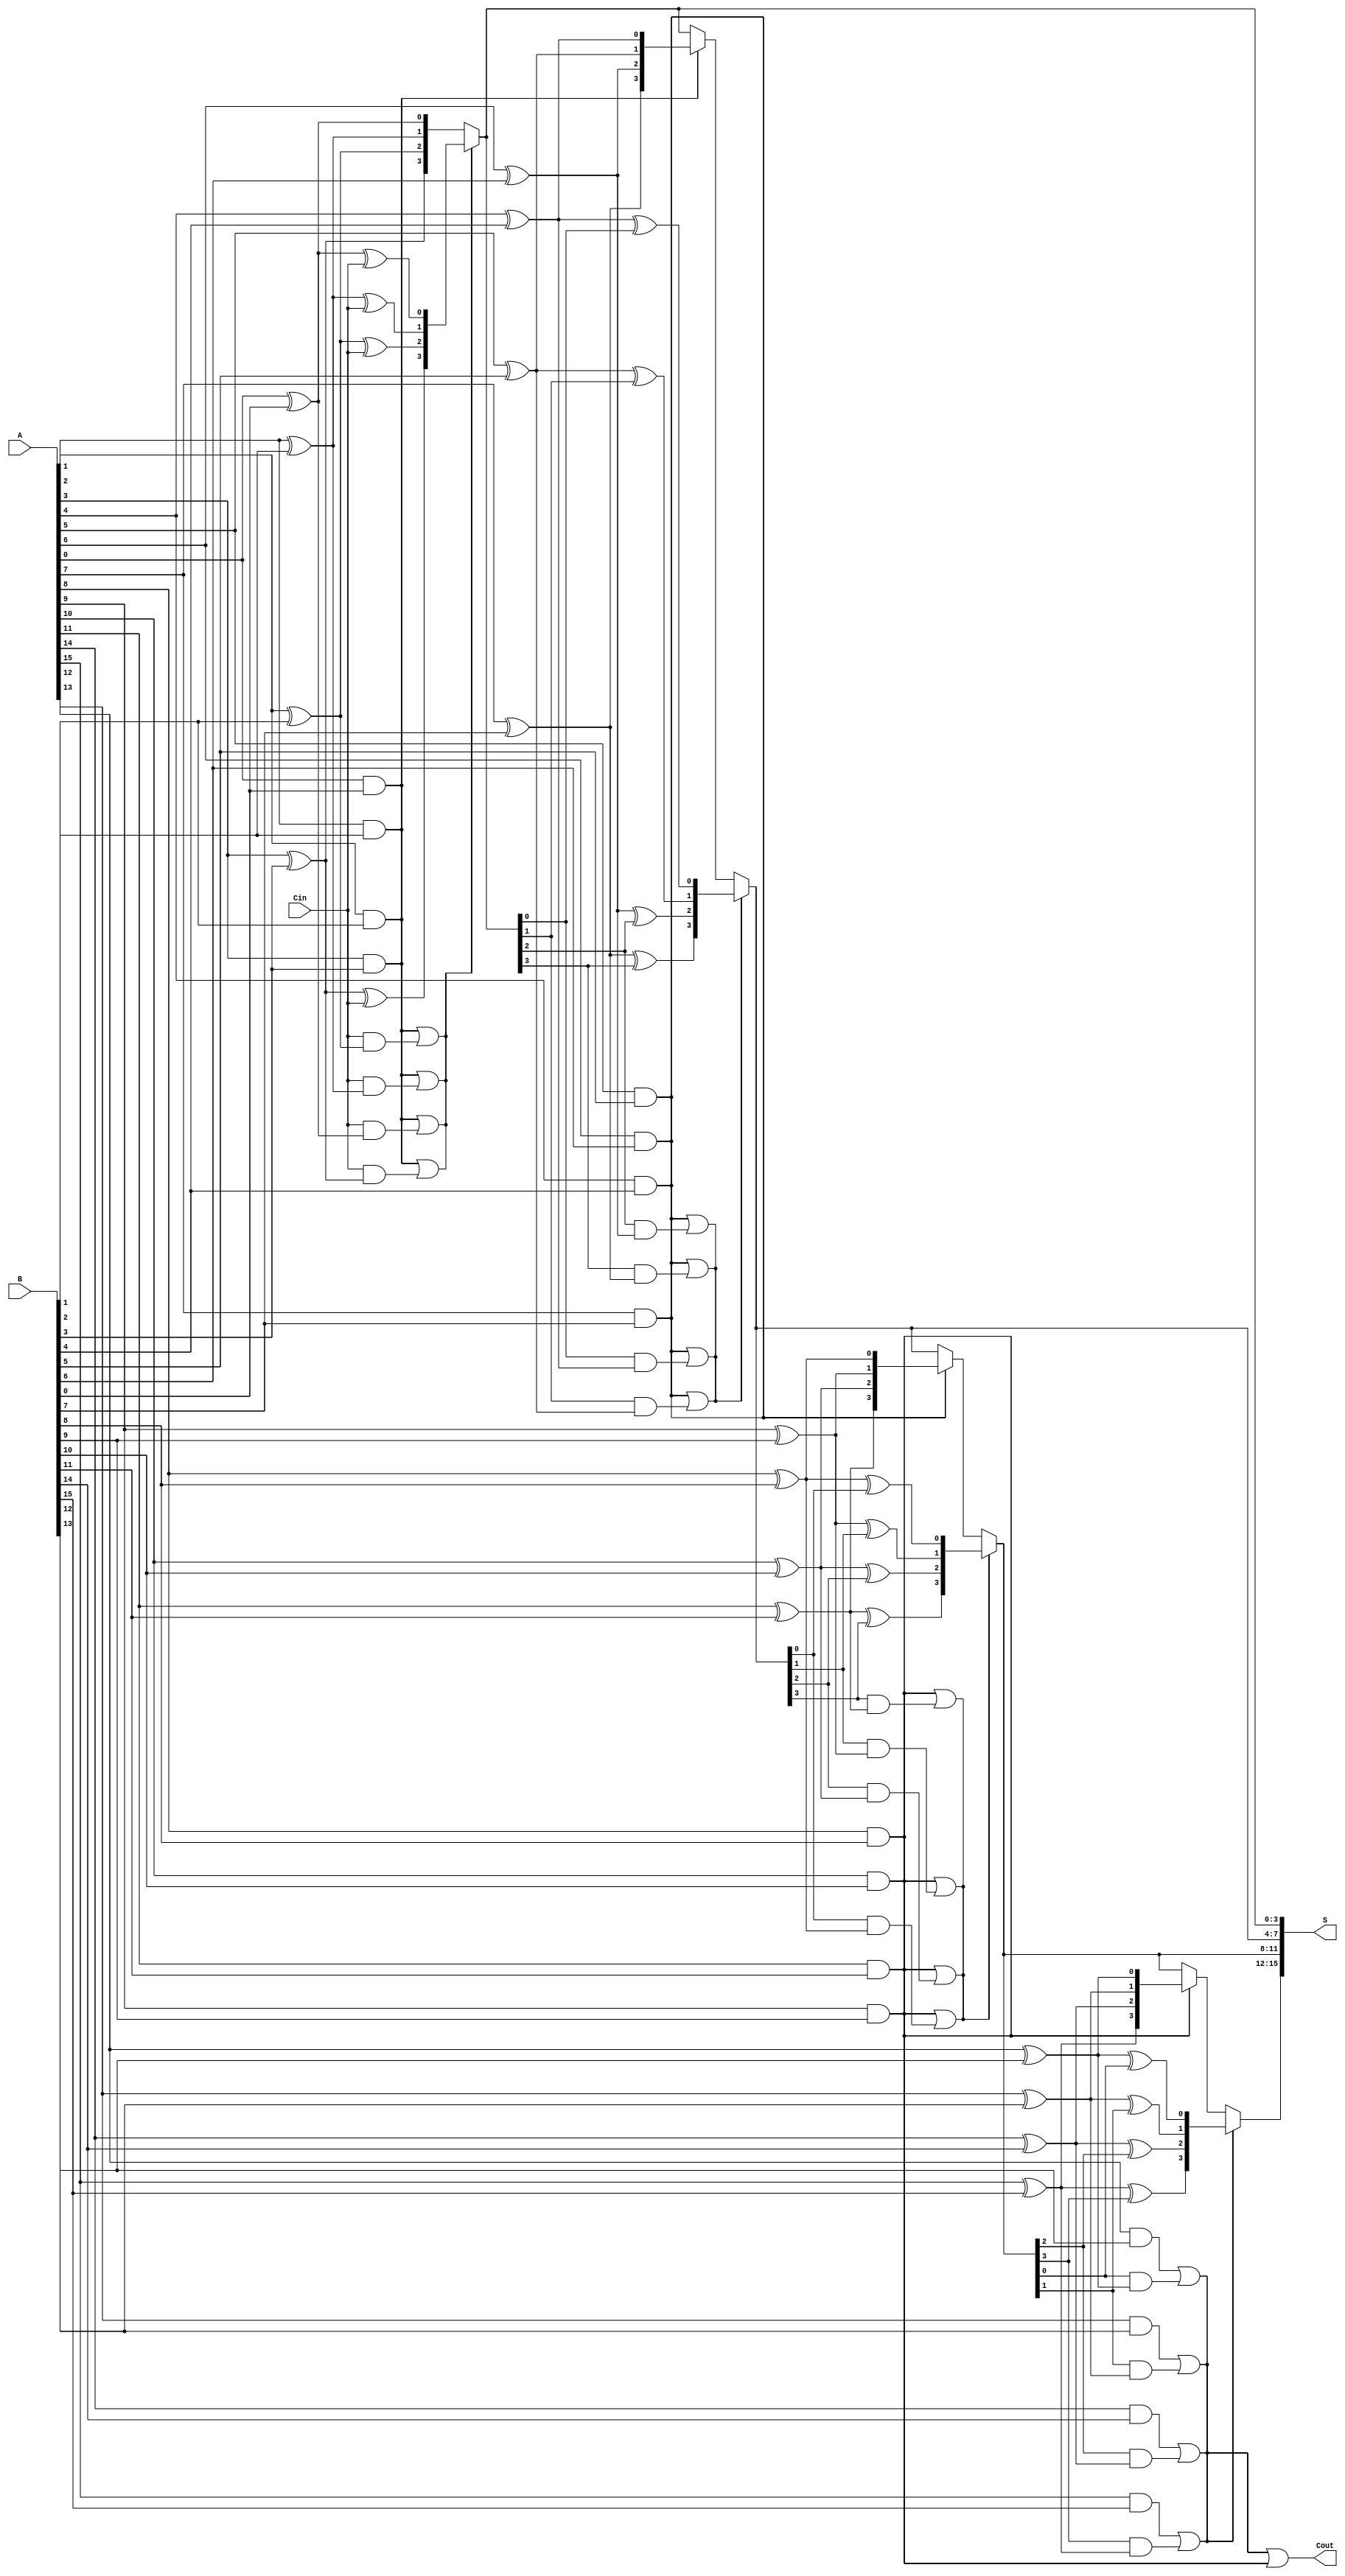
module conditional_sum_adder #(parameter N = 16, parameter BLOCK_SIZE = 4) (
    input [N-1:0] A,      // First n-bit input
    input [N-1:0] B,      // Second n-bit input
    input Cin,            // Input carry
    output [N-1:0] S,     // n-bit sum output
    output Cout           // Output carry
);

    // Internal signals
    wire [N/BLOCK_SIZE-1:0] C0; // Carry-out without Cin for each block
    wire [N/BLOCK_SIZE-1:0] C1; // Carry-out with Cin for each block
    wire [N-1:0] S0;             // Sum without Cin for each bit
    wire [N-1:0] S1;             // Sum with Cin for each bit
    wire [N-1:0] selected_sum;   // Selected sum based on carry conditions

    genvar i, j;
    generate
        for (j = 0; j < N/BLOCK_SIZE; j = j + 1) begin : block
            for (i = 0; i < BLOCK_SIZE; i = i + 1) begin : bit
                if (j * BLOCK_SIZE + i < N) begin
                    // Compute sums
                    assign S0[j * BLOCK_SIZE + i] = A[j * BLOCK_SIZE + i] ^ B[j * BLOCK_SIZE + i];
                    assign S1[j * BLOCK_SIZE + i] = S0[j * BLOCK_SIZE + i] ^ (j == 0 ? Cin : selected_sum[(j-1) * BLOCK_SIZE + i]);

                    // Compute carries
                    assign C0[j] = (A[j * BLOCK_SIZE + i] & B[j * BLOCK_SIZE + i]);
                    assign C1[j] = (A[j * BLOCK_SIZE + i] & B[j * BLOCK_SIZE + i]) | 
                                   ((j == 0 ? Cin : selected_sum[(j-1) * BLOCK_SIZE + i]) & (A[j * BLOCK_SIZE + i] ^ B[j * BLOCK_SIZE + i]));
                end
            end
        end
    endgenerate

    // Selection logic for each block
    generate
        for (j = 0; j < N/BLOCK_SIZE; j = j + 1) begin : select
            if (j == 0) begin
                assign selected_sum[j * BLOCK_SIZE +: BLOCK_SIZE] = (C1[j]) ? S1[j * BLOCK_SIZE +: BLOCK_SIZE] : S0[j * BLOCK_SIZE +: BLOCK_SIZE];
            end else begin
                assign selected_sum[j * BLOCK_SIZE +: BLOCK_SIZE] = (C1[j]) ? S1[j * BLOCK_SIZE +: BLOCK_SIZE] : 
                                                                     (C0[j-1]) ? S0[j * BLOCK_SIZE +: BLOCK_SIZE] : selected_sum[(j-1) * BLOCK_SIZE +: BLOCK_SIZE];
            end
        end
    endgenerate

    // Final output assignments
    assign S = selected_sum;
    assign Cout = C1[N/BLOCK_SIZE-1] | (C0[N/BLOCK_SIZE-2] & (N/BLOCK_SIZE > 1));

endmodule